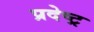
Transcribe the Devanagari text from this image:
प्रदेष्ट्र